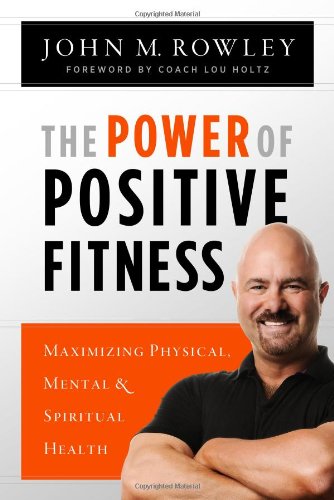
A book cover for The Power of Positive Fitness: Maximizing Physical, Mental & Spiritual Health; John M. Rowley; Health, Fitness & Dieting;